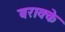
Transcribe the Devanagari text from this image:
बराक्के